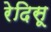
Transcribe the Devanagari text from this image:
रेदिसू